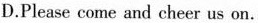
D.Please come and cheer us on.